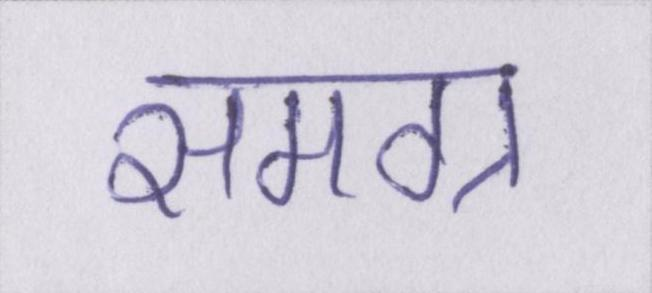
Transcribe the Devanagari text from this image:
समग्र